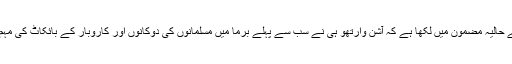
‘‘اوریا مقبول جان نے اپنے حالیہ مضمون میں لکھا ہے کہ آشن وارتھو ہی نے سب سے پہلے برما میں مسلمانوں کی دوکانوں اور کاروبار کے بائکاٹ کی مہم چلائی جو کامیاب ہوگئی۔